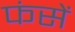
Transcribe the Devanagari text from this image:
फंसें